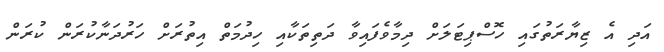
އަދި އެ ޒިޔާރަތުގައި ހޮސްޕިޓަލަށް ދިމާވެފައިވާ ދަތިތަކާއި ހިދުމަތް އިތުރަށް ހަރުދަނާކުރަން ކުރަން